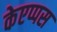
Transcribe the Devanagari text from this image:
केएप्पस